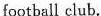
football club.